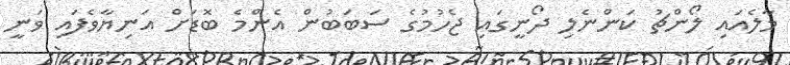
މާލެއައި ލޯންޗު ކަންނެލި ދޯނީގައި ޖެހުމުގެ ސަބަބުން އެންމެ ބޮޑަށް އަނިޔާވެފައި ވަނީ